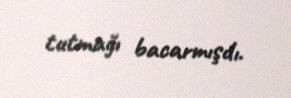
tutmağı bacarmışdı.